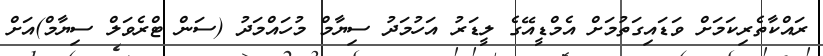
ރައްކާތެރިކަމަށް ވަޑައިގަތުމަށް އެމްޑީއޭގެ ލީޑަރު އަހުމަދު ސިޔާމް މުހައްމަދު (ސަން ޓްރެވަލް ސިޔާމް)އަށް